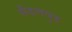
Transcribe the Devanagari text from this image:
सैंडलवुड